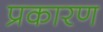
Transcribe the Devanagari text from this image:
प्रकारण